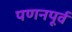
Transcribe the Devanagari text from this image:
पणनपूर्व